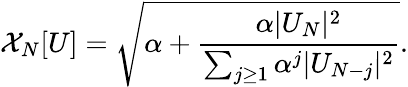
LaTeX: \mathcal{X}_{N}[U]=\sqrt{\alpha+\frac{\alpha|U_{N}|^{2}}{\sum_{j\ge 1}{\alpha^{j}|U_{N-j}|^{2}}}}.